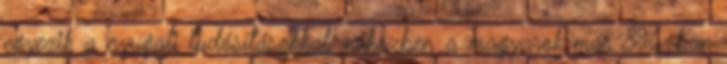
egyezik a nyugati tudósításokkal, miközben a magyarok már 896-ban